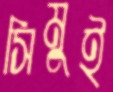
সিমুই